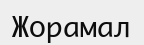
Жорамал